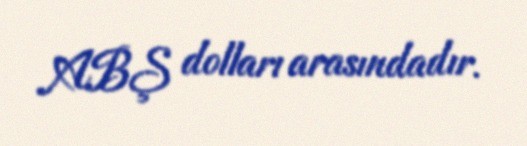
ABŞ dolları arasındadır.